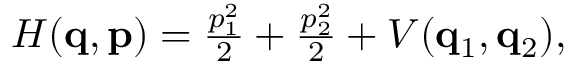
\begin{array} { r } { H ( \ensuremath { \mathbf { q } } , \ensuremath { \mathbf { p } } ) = \frac { p _ { 1 } ^ { 2 } } { 2 } + \frac { p _ { 2 } ^ { 2 } } { 2 } + V ( \ensuremath { \mathbf { q } } _ { 1 } , \ensuremath { \mathbf { q } } _ { 2 } ) , } \end{array}